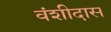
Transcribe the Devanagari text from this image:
वंशीदास